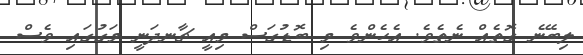
ލިބޭނެ ގޮތެއް ނެތެވެ. އެހެންވެ މި ބޮޑުގަސް މިއީ ޗާނދަނީ މަގުގައި ވެސް